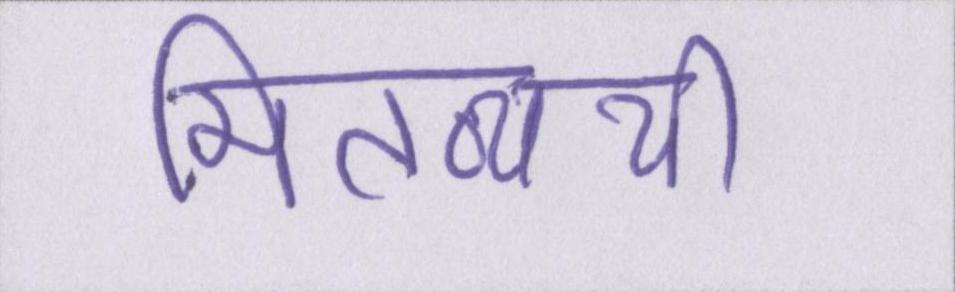
मितव्ययी